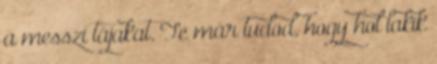
a messzi tájakat. Te már tudod, hogy hol lakik